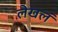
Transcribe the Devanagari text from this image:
लेखलं